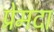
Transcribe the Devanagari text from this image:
प्रेमदा